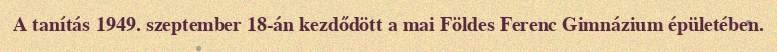
A tanítás 1949. szeptember 18-án kezdődött a mai Földes Ferenc Gimnázium épületében.